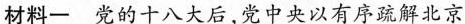
材料一 党的十八大后，党中央以有序疏解北京